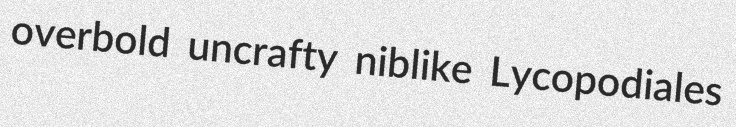
overbold uncrafty niblike Lycopodiales